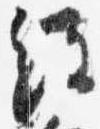
経